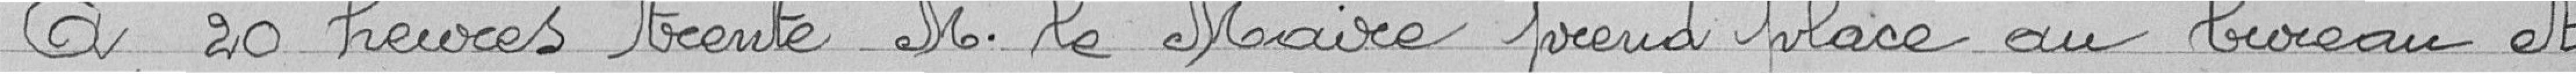
A 20 heures trente, Monsieur Le Maire prend place au bureau et